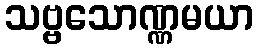
သဗ္ဗသောဏ္ဏမယာ